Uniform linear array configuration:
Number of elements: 16
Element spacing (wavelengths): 0.5
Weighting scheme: exponential
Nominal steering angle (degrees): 45
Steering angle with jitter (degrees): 43.488
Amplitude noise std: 0.05
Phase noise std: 0.05

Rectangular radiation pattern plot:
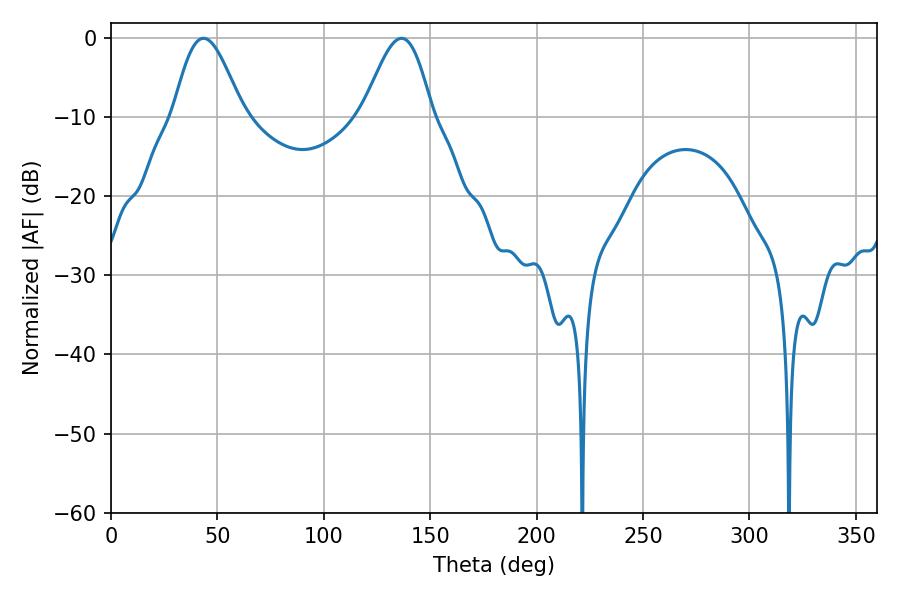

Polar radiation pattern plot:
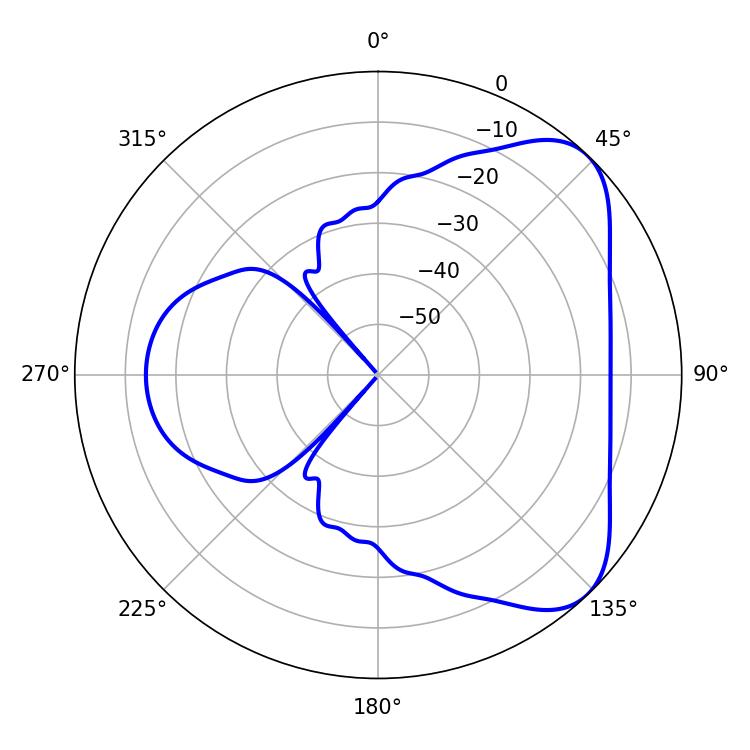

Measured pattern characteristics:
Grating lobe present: FALSE
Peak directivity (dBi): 6.034
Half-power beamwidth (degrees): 17.28
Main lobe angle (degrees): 43.56